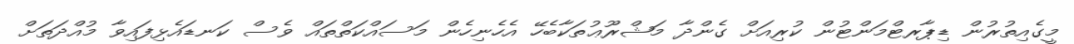
މީގެއިތުރުން ޑިޕާރޓްމަންޓުން ކުރިއަށް ގެންދާ މަޝްރޫޢުތަކާބެހޭ އެހެނިހެން މަސައްކަތްތައް ވެސް ކަނޑައެޅިފައިވާ މުއްދަތަށް